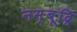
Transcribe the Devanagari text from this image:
नम्बूद्रि